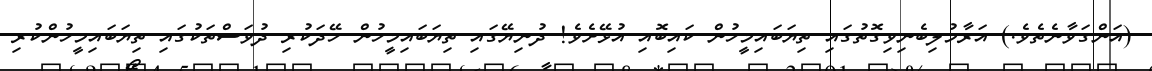
(އަންގަވާނެތެވެ.) އަރާމުލިބެނިވިގޮތުގައި ތިޔަބައިމީހުން ކައިބޮއި އުޅޭށެވެ! ދުނިޔޭގައި ތިޔަބައިމީހުން ހޭދަކުރި ދުވަސްތަކުގައި ތިޔަބައިމީހުންކުރި